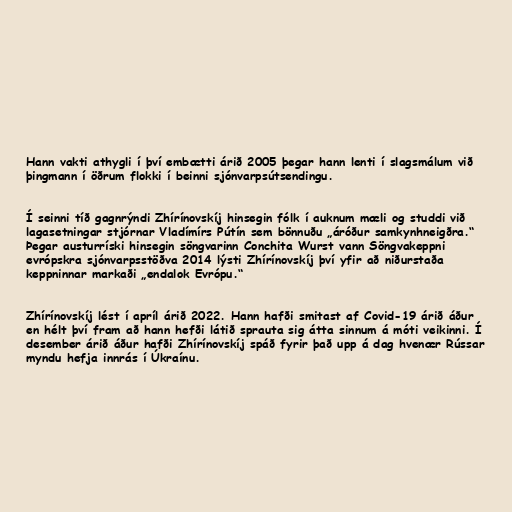
Hann vakti athygli í því embætti árið 2005 þegar hann lenti í slagsmálum við
þingmann í öðrum flokki í beinni sjónvarpsútsendingu.

Í seinni tíð gagnrýndi Zhírínovskíj hinsegin fólk í auknum mæli og studdi við
lagasetningar stjórnar Vladímírs Pútín sem bönnuðu „áróður samkynhneigðra.“
Þegar austurríski hinsegin söngvarinn Conchita Wurst vann Söngvakeppni
evrópskra sjónvarpsstöðva 2014 lýsti Zhírínovskíj því yfir að niðurstaða
keppninnar markaði „endalok Evrópu.“

Zhírínovskíj lést í apríl árið 2022. Hann hafði smitast af Covid-19 árið áður
en hélt því fram að hann hefði látið sprauta sig átta sinnum á móti veikinni. Í
desember árið áður hafði Zhírínovskíj spáð fyrir það upp á dag hvenær Rússar
myndu hefja innrás í Úkraínu.